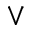
\vee